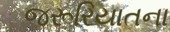
જરૂરિયાતના